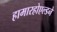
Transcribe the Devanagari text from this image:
हामारहोएल्डने